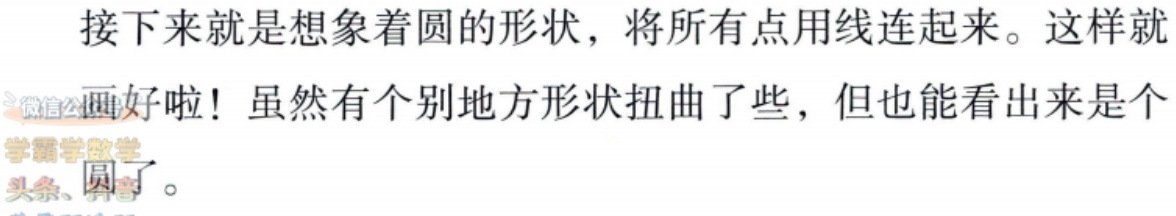
接下来就是想象着圆的形状，将所有点用线连起来。这样就画好啦！虽然有个别地方形状扭曲了些，但也能看出来是个圆了。